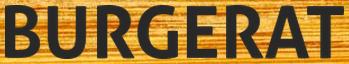
BURGERAT